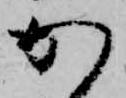
か